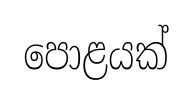
පොළයක්